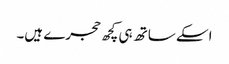
اسکے ساتھ ہی کچھ حجرے ہیں۔